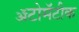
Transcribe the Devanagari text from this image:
ॲटोमॅटीक